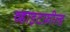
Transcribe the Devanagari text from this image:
व्हाइटफ़ील्ड